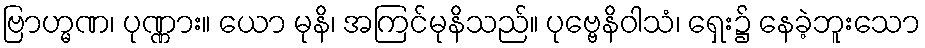
ဗြာဟ္မဏ၊ ပုဏ္ဏား။ ယော မုနိ၊ အကြင်မုနိသည်။ ပုဗ္ဗေနိဝါသံ၊ ရှေး၌ နေခဲ့ဘူးသော